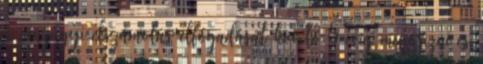
a pénzügyi elszámolás elfogadását követő 5 évig megőrizni és